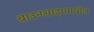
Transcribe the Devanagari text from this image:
ब्राउनश्वाइगमधील